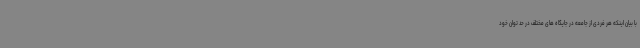
با بیان اینکه هر فردی از جامعه در جایگاه های مختلف در حد توان خود